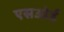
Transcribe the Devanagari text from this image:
एसओई